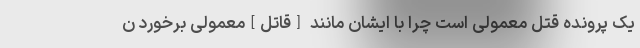
یک پرونده قتل معمولی است چرا با ایشان مانند [قاتل]معمولی برخورد ن